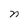
Character: n